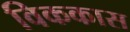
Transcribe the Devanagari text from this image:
विककास